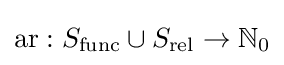
\operatorname {ar} :S_{\operatorname {func} }\cup S_{\operatorname {rel} }\rightarrow \mathbb {N} _{0}